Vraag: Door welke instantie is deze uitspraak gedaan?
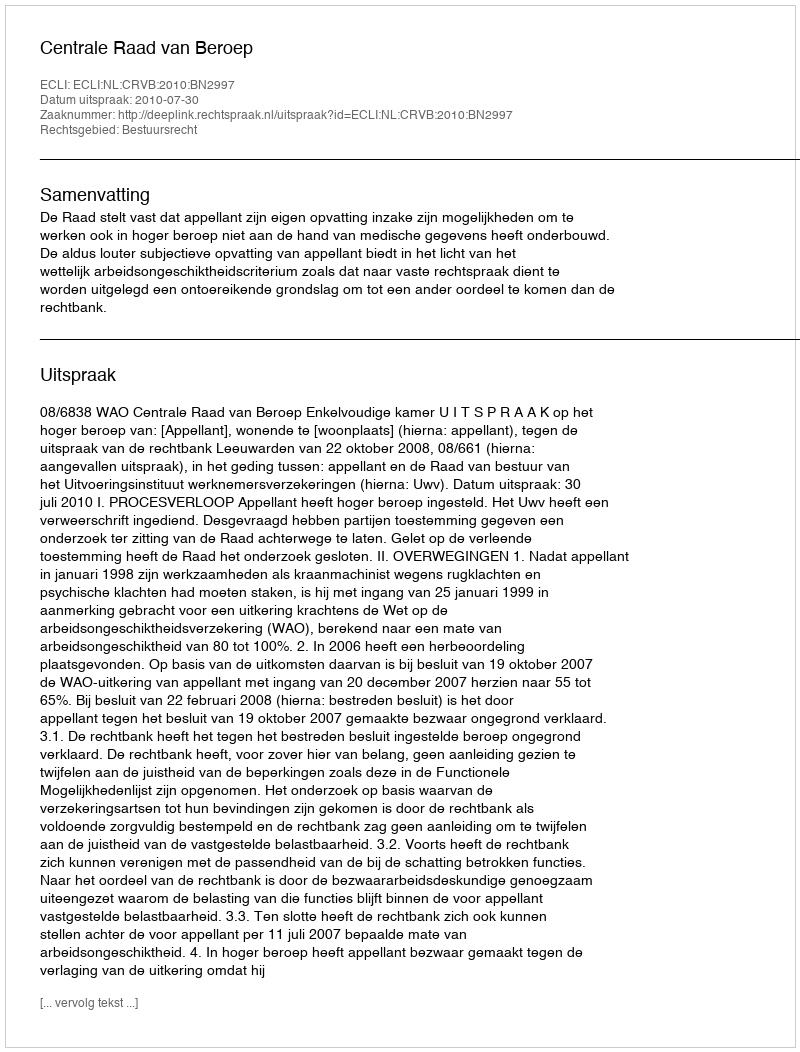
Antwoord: Centrale Raad van Beroep